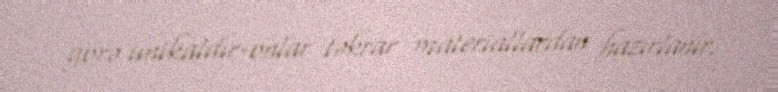
görə unikaldır-onlar təkrar materiallardan hazırlanır.